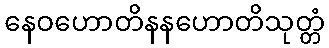
နေဝဟောတိနနဟောတိသုတ္တံ